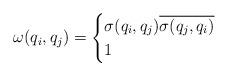
LaTeX: \begin{align*}\omega(q_i,q_j)=\begin{cases}\sigma(q_i,q_j)\overline{\sigma(q_j,q_i)}&\\1&\\\end{cases}\end{align*}